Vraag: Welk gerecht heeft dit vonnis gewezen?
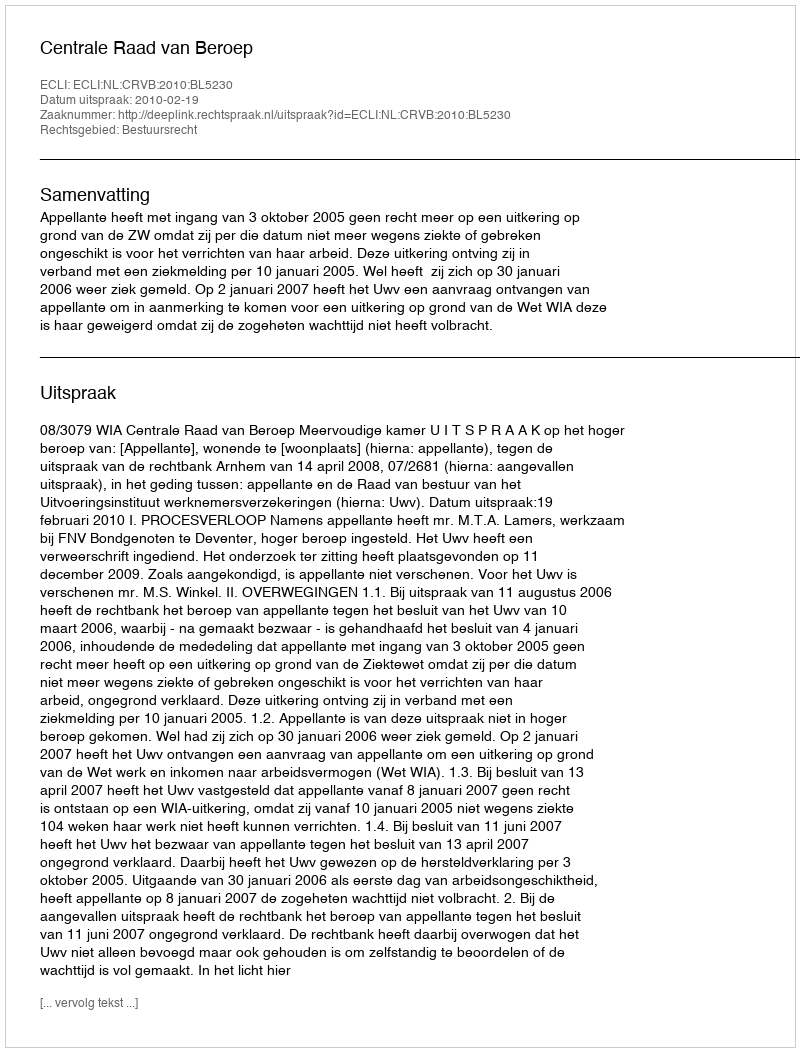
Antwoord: Centrale Raad van Beroep